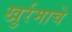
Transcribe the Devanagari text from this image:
खुर्रमाचे